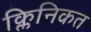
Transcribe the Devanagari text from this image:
क्लिनिकत